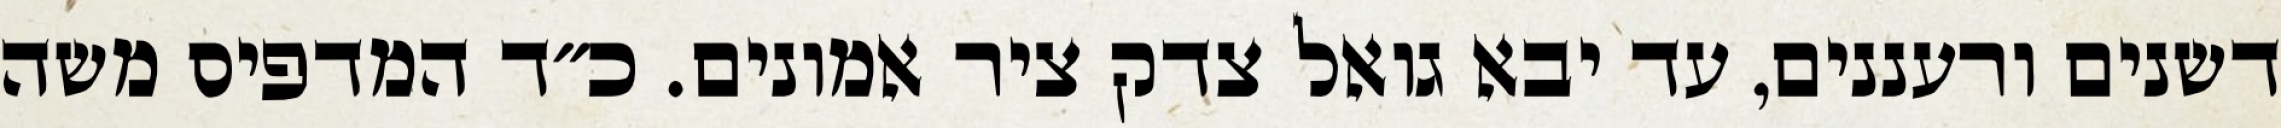
דשנים ורעננים, עד יבא גואל צדק ציר אמונים. כ״ד המדפיס משה